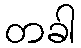
တခါ